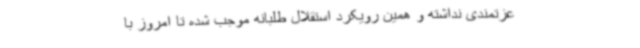
عزتمندی نداشته و همین رویکرد استقلال طلبانه موجب شده تا امروز با